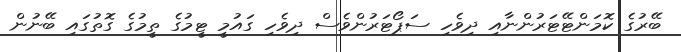
ބޭރުގެ ކޮމަންޓޭޓަރުންނާއި ދިވެހި ސަޕޯޓަރުންވެސް ދިވެހި ގައުމީ ޓީމުގެ ތީމުގެ ގޮތުގައި ބޭނުން